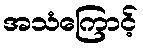
အသံကြောင့်